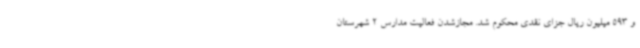
و 593 میلیون ریال جزای نقدی محکوم شد. مجازشدن فعالیت مدارس 2 شهرستان